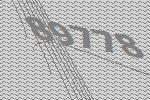
89778